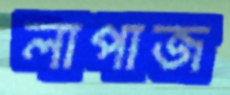
লাপাজ